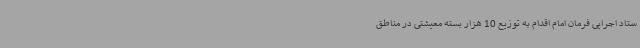
ستاد اجرایی فرمان امام اقدام به توزیع 10 هزار بسته معیشتی در مناطق